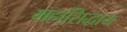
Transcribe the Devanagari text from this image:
महासिद्धाय